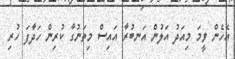
އެހެން ވީމަ މިއަދު އަލުން އަނބުރާ އައިސް މިތަނުގާ ކުރިން ހަދާފަ ހުރި